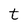
Character: t